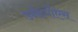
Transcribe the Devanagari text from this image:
उन्देर्गोएस